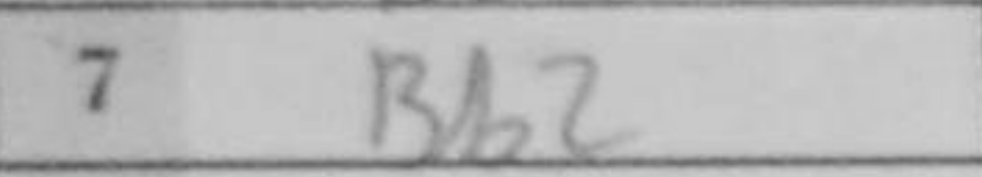
Transcription: Bb2